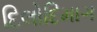
દિલોદિમાગ